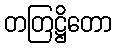
တတြဋ္ဌိတော